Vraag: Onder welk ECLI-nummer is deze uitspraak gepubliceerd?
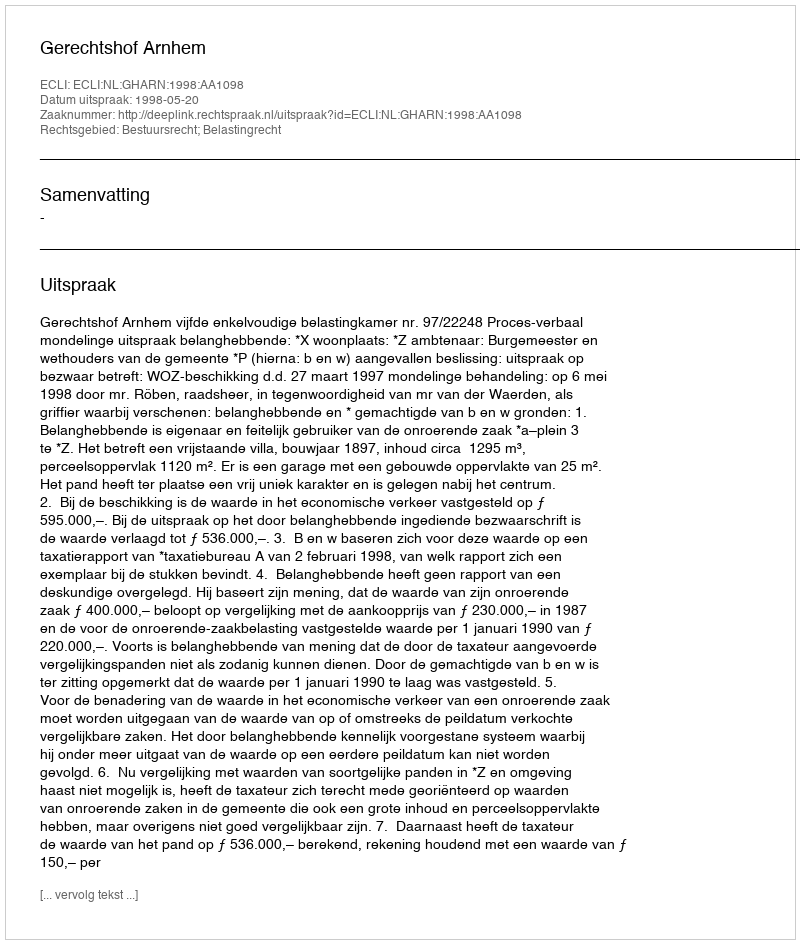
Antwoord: ECLI:NL:GHARN:1998:AA1098